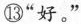
⑬“好。”